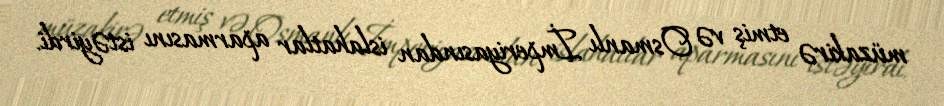
müzakirə etmiş və Osmanlı İmperiyasından islahatlar aparmasını istəyirdi.